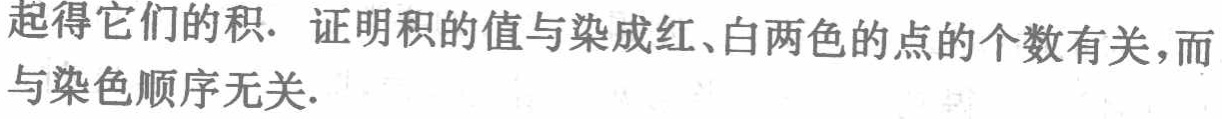
起得它们的积. 证明积的值与染成红、白两色的点的个数有关，而与染色顺序无关.